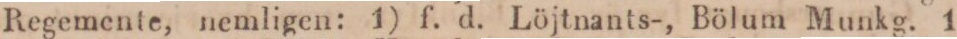
Regemente, nemligen: 1) f. d. Löjtnants-, Bölum Munkg. 1